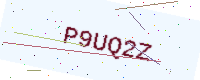
Text: P9UQ2Z